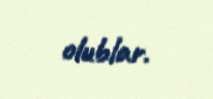
olublar.